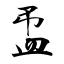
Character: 盄